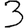
Digit: 3